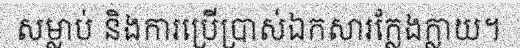
សម្លាប់ និងការប្រើប្រាស់ឯកសារក្លែងក្លាយ។